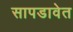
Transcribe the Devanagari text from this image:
सापडावेत